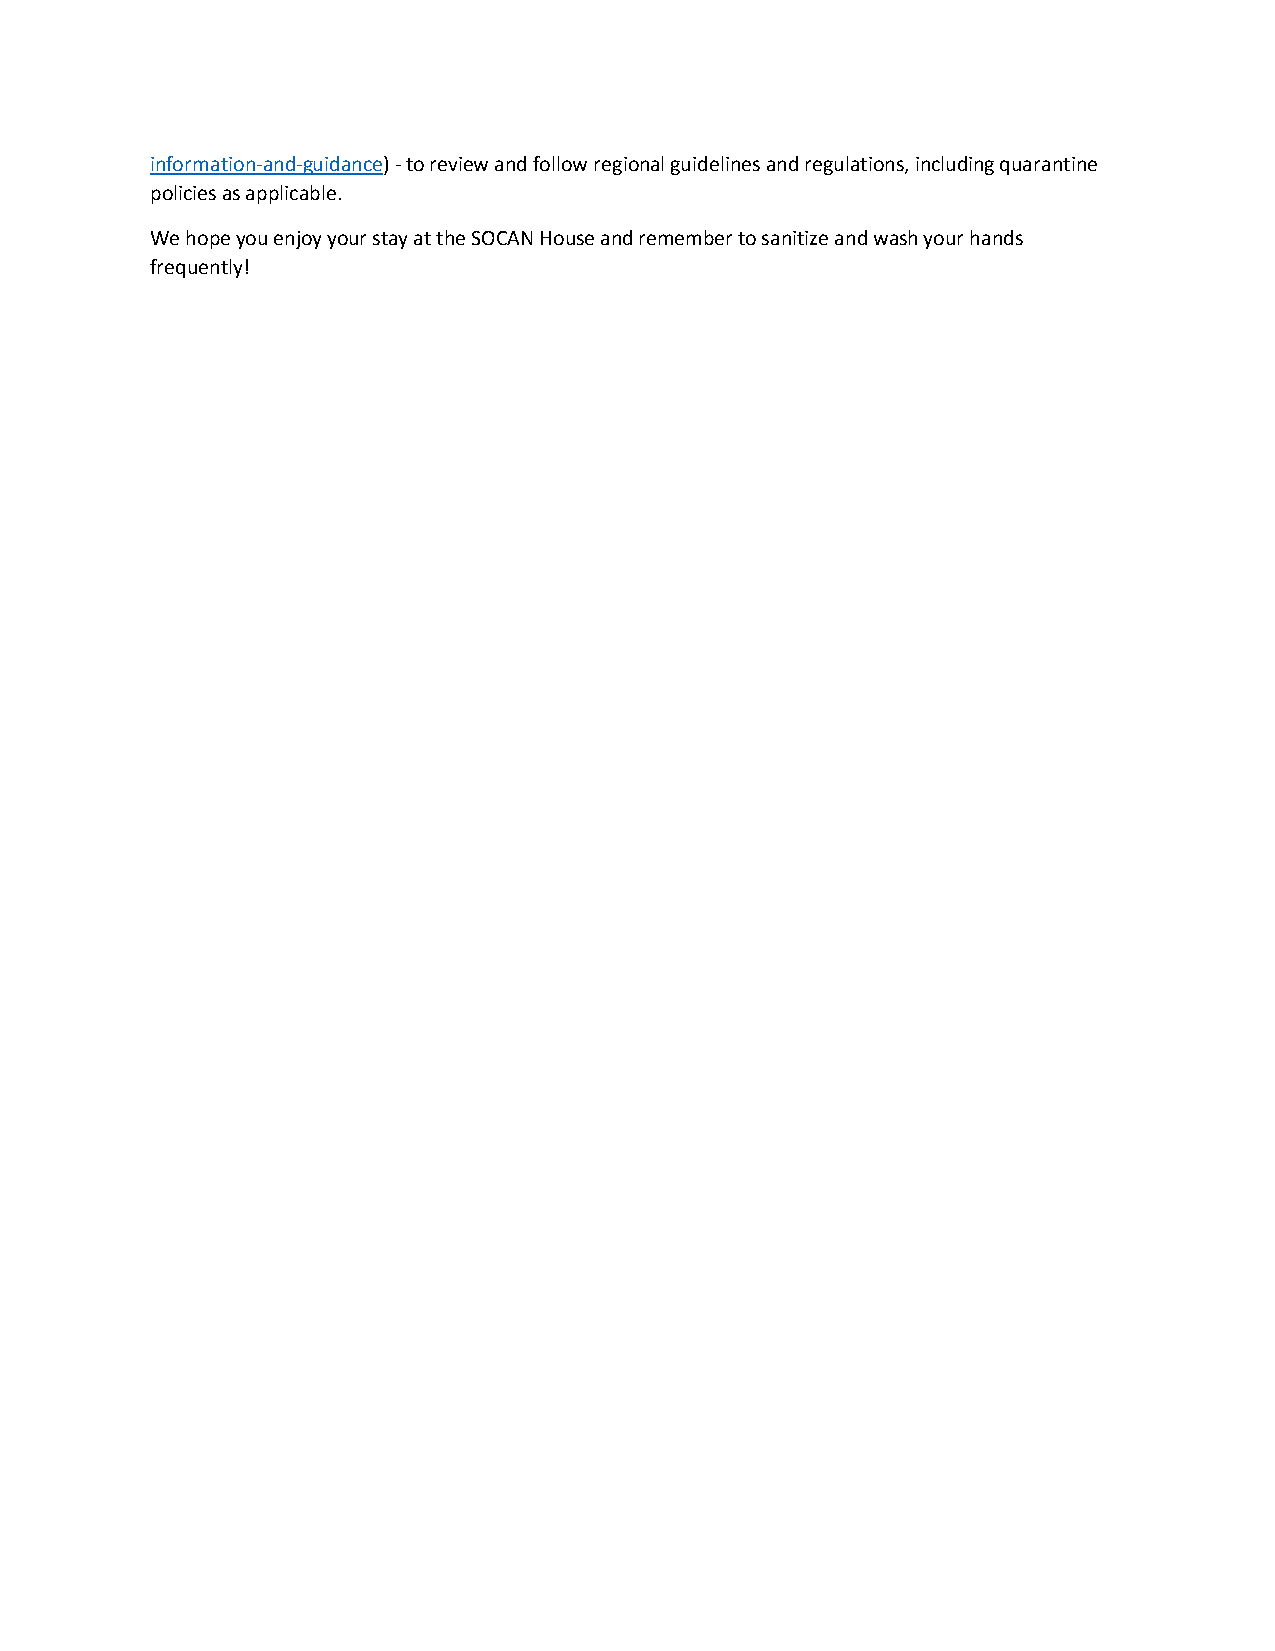
information-and-guidance) - to review and follow regional guidelines and regulations, including quarantine
 policies as applicable.
 We hope you enjoy your stay at the SOCAN House and remember to sanitize and wash your hands
 frequently!